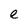
Character: e